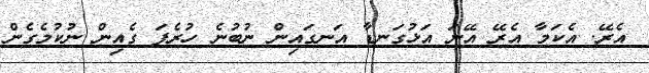
އެރޭ. އެކަމާ އެރޭ އޭނަ އަޅުގަނޑާ އަނގައިން ނުބުނެ ހުރެފަ ގެއިން ނުކުމެގެން